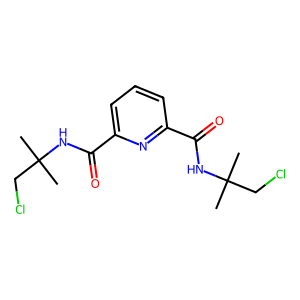
SMILES: CC(C)(CCl)NC(=O)c1cccc(C(=O)NC(C)(C)CCl)n1
Inhibits HIV replication: No